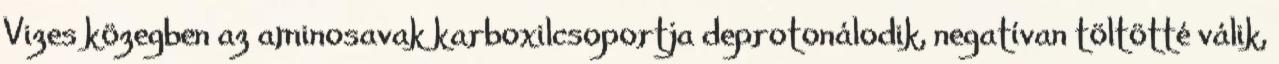
Vizes közegben az aminosavak karboxilcsoportja deprotonálodik, negatívan töltötté válik,